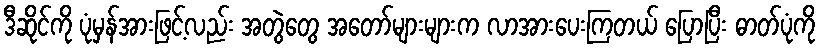
ဒီဆိုင်ကို ပုံမှန်အားဖြင့်လည်း အတွဲတွေ အတော်များများက လာအားပေးကြတယ် ပြောပြီး ဓာတ်ပုံကို